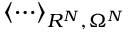
\langle \cdots \rangle _ { R ^ { N } , \Omega ^ { N } }